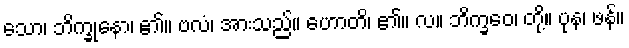
သော၊ ဘိက္ခုနော၊ ၏။ ဗလံ၊ အားသည်။ ဟောတိ၊ ၏။ လ။ ဘိက္ခဝေ၊ တို့။ ပုန၊ ဖန်။